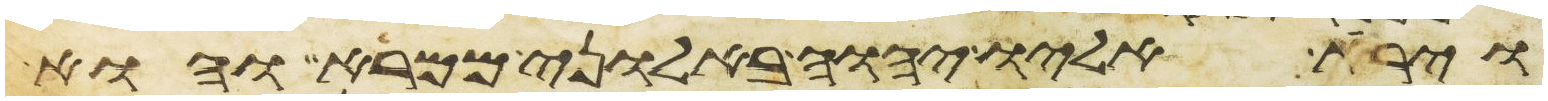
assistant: וירא אליו יהוה באלוני ממרא והוא